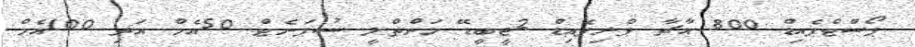
ޕޯސްޓްޕެއިޑް 800 އާޗާ ޕްރިޕެއިޑް 2ޖީބީޑޭ މަންތްލީ ސުޕަނެޓް 50އެމް އަދި 100އެމް